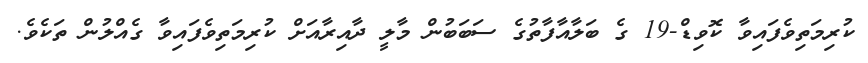
ކުރިމަތިވެފައިވާ ކޮވިޑް-19 ގެ ބަލާއާފާތުގެ ސަބަބުން މާލީ ދާއިރާއަށް ކުރިމަތިވެފައިވާ ގެއްލުން ތަކެވެ.